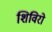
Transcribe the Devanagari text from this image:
शिविरो